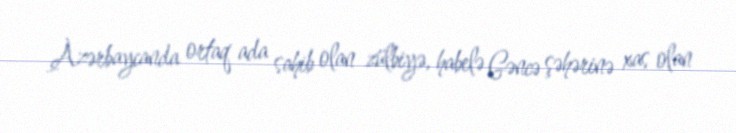
Azərbaycanda ortaq ada sahib olan zülbiyə, habelə Gəncə şəhərinə xas olan